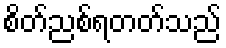
စိတ်ညစ်ရတတ်သည်